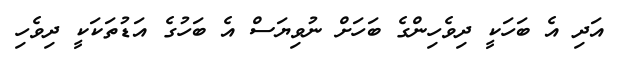
އަދި އެ ބަހަކީ ދިވެހިންގެ ބަހަށް ނުވިޔަސް އެ ބަހުގެ އަޑުތަކަކީ ދިވެހި